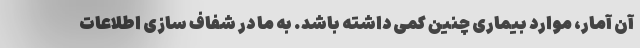
آن آمار، موارد بیماری چنین کمی داشته باشد. به ما در شفاف سازی اطلاعات